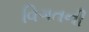
વિગતની